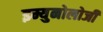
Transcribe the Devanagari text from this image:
इम्युनोलोजी